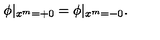
\phi \vert _ { x ^ { m } = + 0 } = \phi \vert _ { x ^ { m } = - 0 } .